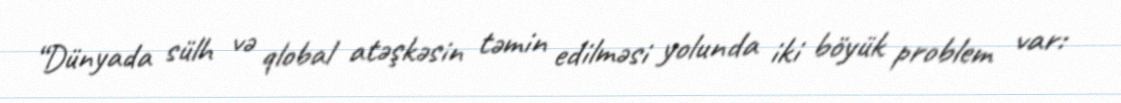
“Dünyada sülh və qlobal atəşkəsin təmin edilməsi yolunda iki böyük problem var: